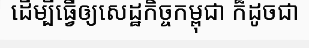
ដើម្បីធ្វើឲ្យសេដ្ឋកិច្ចកម្ពុជា ក៏ដូចជា